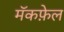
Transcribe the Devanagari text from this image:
मॅकफ़ेल